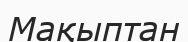
Мақыптан